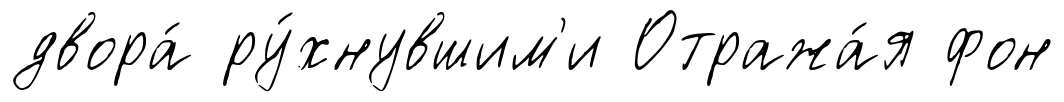
двора́ ру́хнувшим'и Отража́я фон